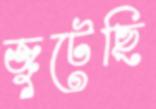
জুটেছি